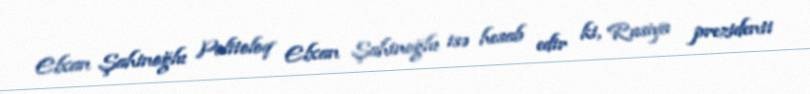
Elxan Şahinoğlu Politoloq Elxan Şahinoğlu isə hesab edir ki, Rusiya prezidenti